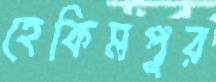
হেকিমপুর